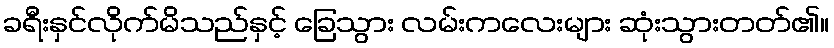
ခရီးနှင်လိုက်မိသည်နှင့် ခြေသွား လမ်းကလေးများ ဆုံးသွားတတ်၏။